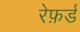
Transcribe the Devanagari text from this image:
रेफ़र्ड